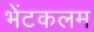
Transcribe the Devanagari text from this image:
भेंटकलम